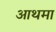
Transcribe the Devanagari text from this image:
आथमा